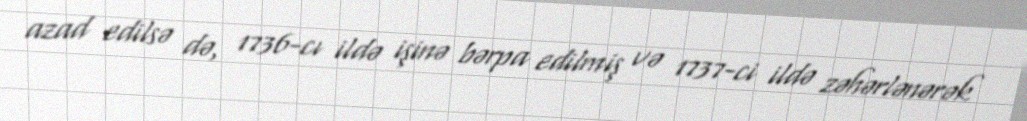
azad edilsə də, 1736-cı ildə işinə bərpa edilmiş və 1737-ci ildə zəhərlənərək